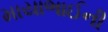
માયાભાઈની